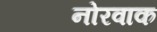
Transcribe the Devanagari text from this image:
नोरवाक